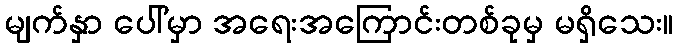
မျက်နှာ ပေါ်မှာ အရေးအကြောင်းတစ်ခုမှ မရှိသေး။